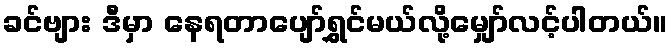
ခင်ဗျား ဒီမှာ နေရတာပျော်ရွှင်မယ်လို့မျှော်လင့်ပါတယ်။